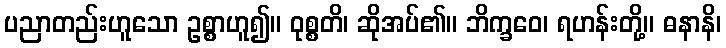
ပညာတည်းဟူသော ဥစ္စာဟူ၍။ ဝုစ္စတိ၊ ဆိုအပ်၏။ ဘိက္ခဝေ၊ ရဟန်းတို့။ ဓနာနိ၊